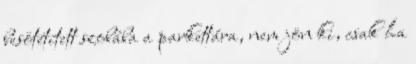
besötétített szobába a parkettára, nem jön ki, csak ha